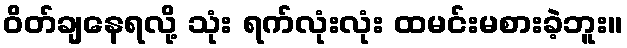
ဝိတ်ချနေရလို့ သုံး ရက်လုံးလုံး ထမင်းမစားခဲ့ဘူး။